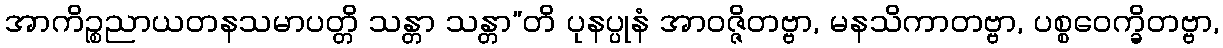
အာကိဉ္စညာယတနသမာပတ္တိ သန္တာ သန္တာ”တိ ပုနပ္ပုနံ အာဝဇ္ဇိတဗ္ဗာ, မနသိကာတဗ္ဗာ, ပစ္စဝေက္ခိတဗ္ဗာ,